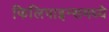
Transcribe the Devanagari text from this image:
फिलिपाइन्समध्ये